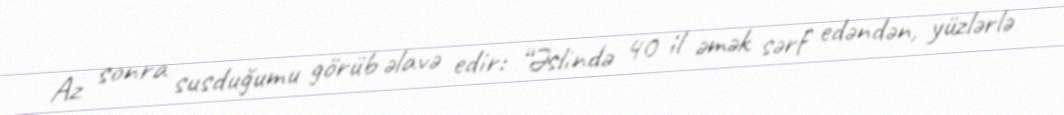
Az sonra susduğumu görüb əlavə edir: “Əslində 40 il əmək sərf edəndən, yüzlərlə